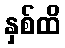
နှစ်ထိ